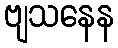
ဗျသနေန